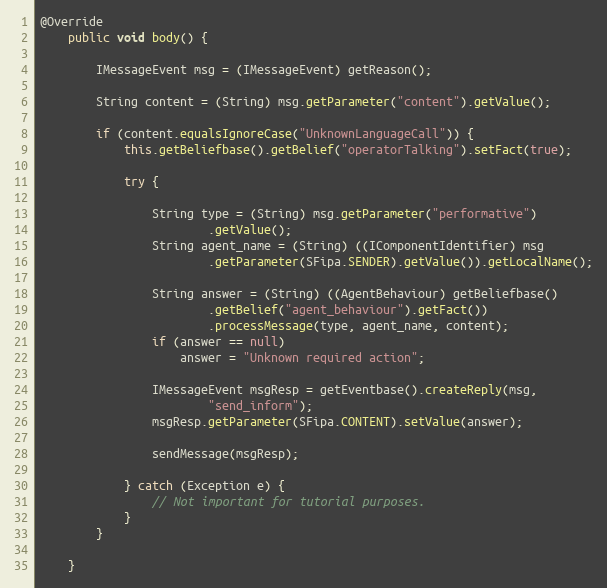
Language: Java
@Override
	public void body() {

		IMessageEvent msg = (IMessageEvent) getReason();

		String content = (String) msg.getParameter("content").getValue();

		if (content.equalsIgnoreCase("UnknownLanguageCall")) {
			this.getBeliefbase().getBelief("operatorTalking").setFact(true);

			try {

				String type = (String) msg.getParameter("performative")
						.getValue();
				String agent_name = (String) ((IComponentIdentifier) msg
						.getParameter(SFipa.SENDER).getValue()).getLocalName();

				String answer = (String) ((AgentBehaviour) getBeliefbase()
						.getBelief("agent_behaviour").getFact())
						.processMessage(type, agent_name, content);
				if (answer == null)
					answer = "Unknown required action";

				IMessageEvent msgResp = getEventbase().createReply(msg,
						"send_inform");
				msgResp.getParameter(SFipa.CONTENT).setValue(answer);

				sendMessage(msgResp);

			} catch (Exception e) {
				// Not important for tutorial purposes.
			}
		}

	}